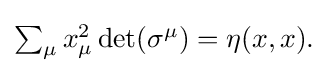
{\textstyle \sum _{\mu }x_{\mu }^{2}\det(\sigma ^{\mu })=\eta (x,x).}